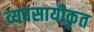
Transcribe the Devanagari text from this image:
व्यवसायीकृत